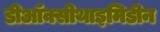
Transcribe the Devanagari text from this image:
डीऑक्सीथाइमिडीन